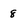
Character: 8